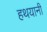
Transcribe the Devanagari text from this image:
हथयानी